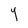
Character: Y